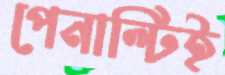
পেনাল্টিই